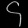
Digit: ၄